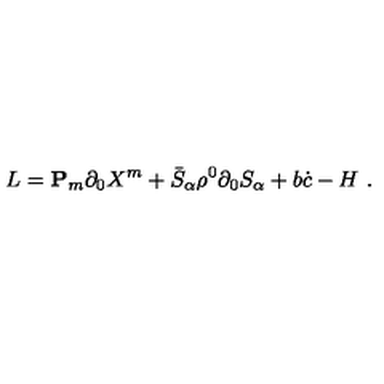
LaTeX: L = { \bf P } _ { m } \partial _ { 0 } X ^ { m } + \bar { S } _ { \alpha } \rho ^ { 0 } \partial _ { 0 } S _ { \alpha } + b \dot { c } - H \ .